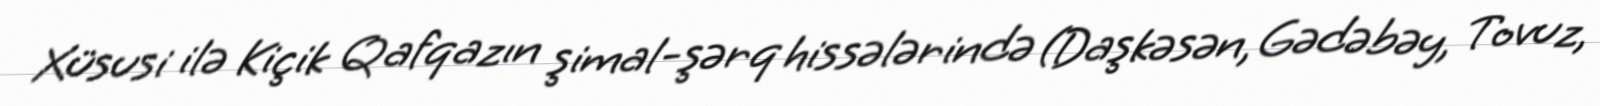
Xüsusi ilə Kiçik Qafqazın şimal-şərq hissələrində (Daşkəsən, Gədəbəy, Tovuz,